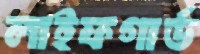
লাইফগার্ড